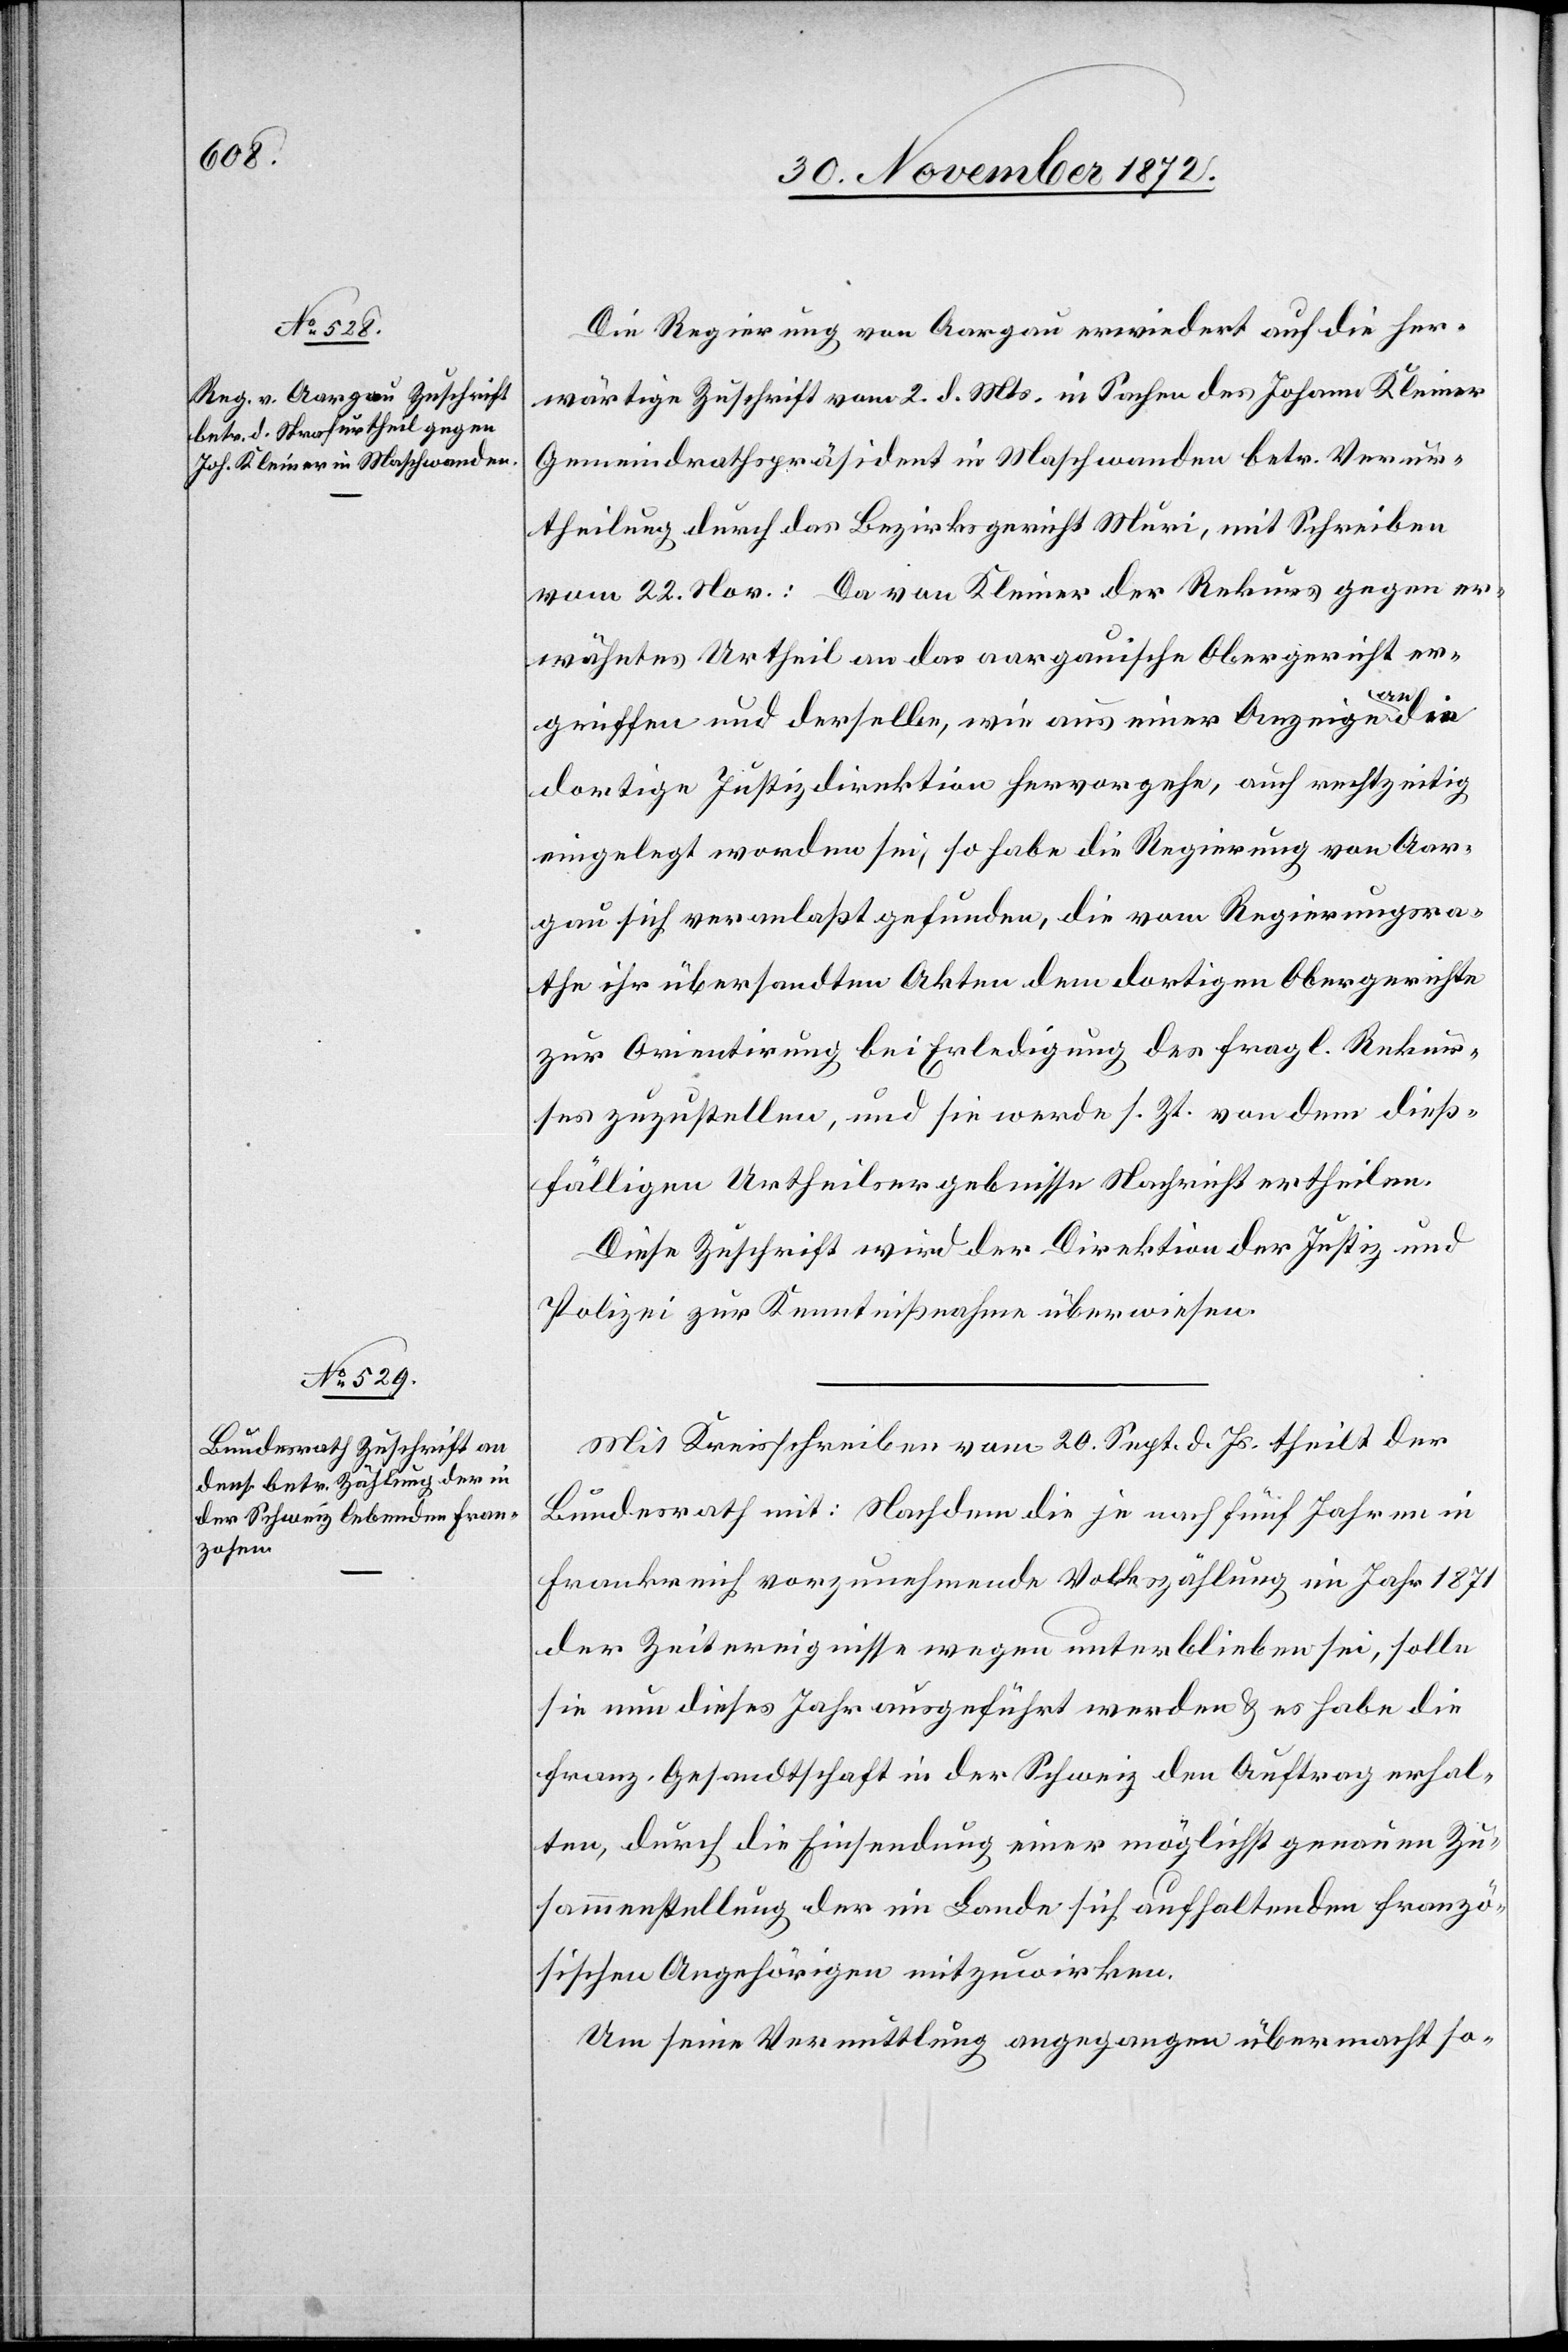
Die Regierung von Aargau erwiedert auf die her¬
wärtige Zuschrift vom 2. d. Mts. in Sachen des Johann Kleiner
Gemeindrathspräsident in Maschwanden betr. Verur¬
theilung durch das Bezirksgericht Muri, mit Schreiben
vom 22. Nov.: Da von Kleiner der Rekurs gegen er¬
wähntes Urtheil an das aargauische Obergericht er¬
griffen und derselbe, wie aus einer Anzeige an
dortige Justizdirektion hervorgehe, auch rechtzeitig
eingelegt worden sei, so habe die Regierung von Aar¬
gau sich veranlaßt gefunden, die vom Regierungsra¬
the ihr übersandten Akten dem dortigen Obergerichte
zur Orientierung bei Erledigung des fragl. Rekur¬
ses zuzustellen, und sie werde s. Zt. von dem dieß¬
fälligen Urtheilsergebnisse Nachricht ertheilen.
Diese Zuschrift wird der Direktion der Justiz und
Polizei zur Kenntnißnahme überwiesen.
Mit Kreisschreiben vom 20. Sept. d. Js. theilt der
Bundesrath mit: Nachdem die je nach fünf Jahren in
Frankreich vorzunehmende Volkszählung im Jahr 1871
der Zeitereignisse wegen unterblieben sei, solle
sie nun dieses Jahr ausgeführt werden u. es habe die
franz. Gesandtschaft in der Schweiz den Auftrag erhal¬
ten, durch die Einsendung einer möglichst genauen Zu¬
sammenstellung der im Lande sich aufhaltenden franzö¬
sischen Angehörigen mitzuwirken.
Um seine Vermittlung angegangen übermacht so-